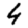
Digit: 4